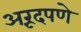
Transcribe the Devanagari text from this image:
अरूंदपणे